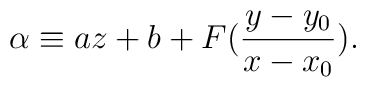
\alpha \equiv a z + b + F( \frac{y-y_0}{x-x_0} ).